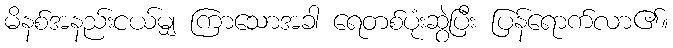
မိနစ်အနည်းငယ်မျှ ကြာသောအခါ ရေတစ်ပုံးဆွဲပြီး ပြန်ရောက်လာ၏။